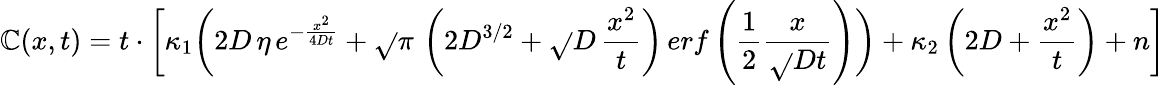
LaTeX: \mathbb{C}(x,t)=t\cdot\bigg[\kappa_{1}\bigg(2D\, \eta\, e^{-\frac{{x^{2}}}{{4Dt}}}+\sqrt{}{{\pi}}\, \left(2D^{3/2}+\sqrt{}{{D}}\, \frac{{x^{2}}}{{t}}\right)\, erf\left(\frac{{1}}{{2}}\frac{{x}}{{\sqrt{}{{Dt}}}}\right)\bigg)+\kappa_{2}\left(2D+\frac{{x^{2}}}{{t}}\right)+n\bigg]